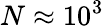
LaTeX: N\approx 10^{3}